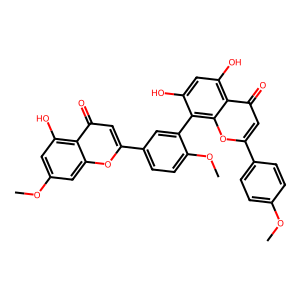
SMILES: COc1ccc(-c2cc(=O)c3c(O)cc(O)c(-c4cc(-c5cc(=O)c6c(O)cc(OC)cc6o5)ccc4OC)c3o2)cc1
Inhibits HIV replication: No